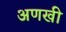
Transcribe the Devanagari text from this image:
अणखी